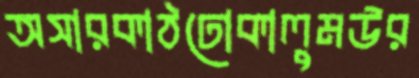
অসারকাঠঢোকালুমউর